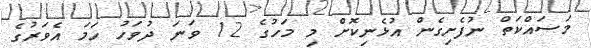
މަސައްކަތް ނުފެށިގެން އުޅެނިކޮށް މި މަހުގެ 12 ވަނަ ދުވަހު ހަމަ އެވަރުގެ